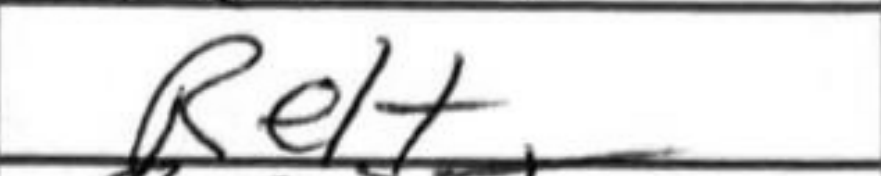
Transcription: Re1+